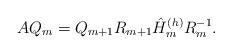
LaTeX: \begin{align*}AQ_m = Q_{m + 1}R_{m+1}\hat{H}^{(h)}_mR^{-1}_m.\end{align*}